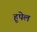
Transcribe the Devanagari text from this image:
हूपेल